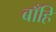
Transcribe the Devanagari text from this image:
बाँहि